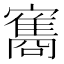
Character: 𮱠